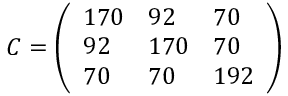
C = \left( \begin{array} { l l l } { 1 7 0 } & { 9 2 } & { 7 0 } \\ { 9 2 } & { 1 7 0 } & { 7 0 } \\ { 7 0 } & { 7 0 } & { 1 9 2 } \end{array} \right)